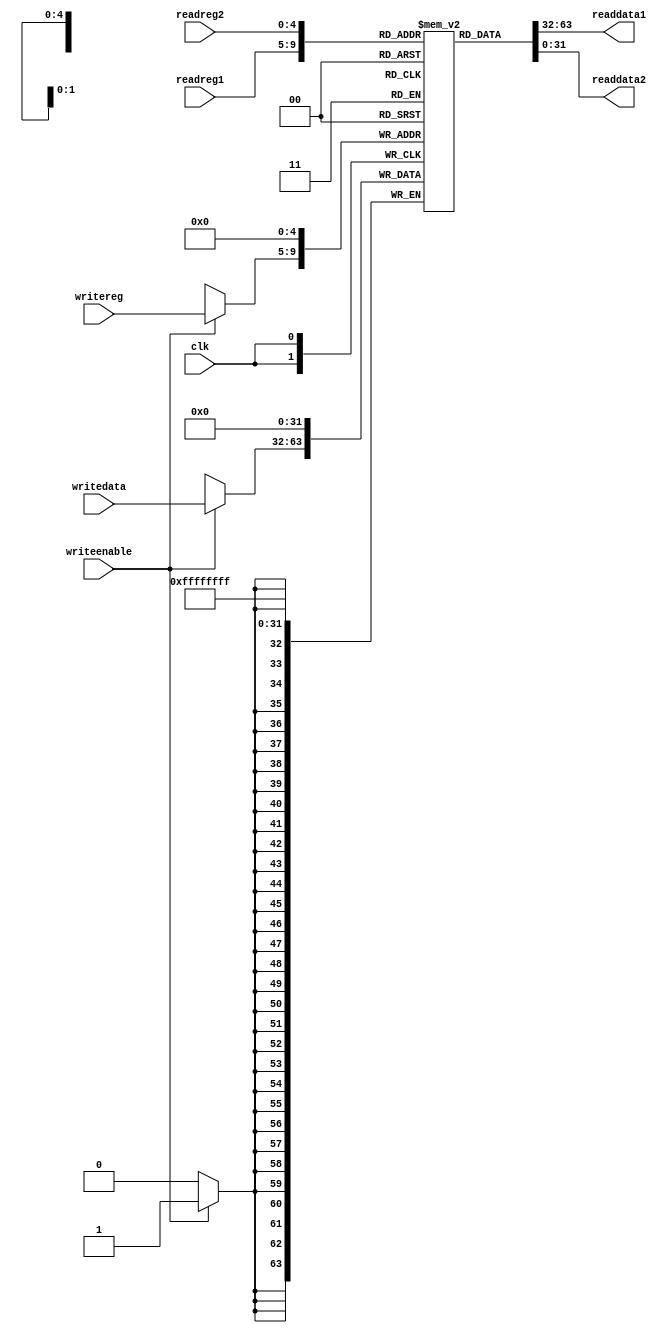
module regfile(readreg1, readreg2, clk, writereg, writedata, readdata1, readdata2, writeenable); 

input [31:0] writedata;	// data to be stored in the register file
input [4:0] readreg1,readreg2,writereg;	//"readreg1"and"readreg2" are the addresses of the reg to read from ,write reg is the address of reg to write in 
input writeenable,clk;	
output [31:0] readdata1,readdata2;
reg [31:0] reg1[0:31];	// the register file storage as a 2d memory array consists from 32 register with each register 32 bits wide
assign readdata1=reg1[readreg1];  
assign readdata2=reg1[readreg2];
always@(posedge clk)
begin
reg1[0]<=0;
if (writeenable) //selecting whether to read or write using if else and "writeenable" 
begin
reg1[writereg]<=writedata;  //storing data given into the register file (memory array) and selecting the register number using the "writereg" which contains the address to write in 
end
end
endmodule